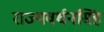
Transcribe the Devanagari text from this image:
राज्यवर्धनसिंह